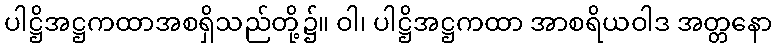
ပါဋ္ဌိအဋ္ဌကထာအစရှိသည်တို့၌။ ဝါ၊ ပါဋ္ဌိအဋ္ဌကထာ အာစရိယဝါဒ အတ္တနော